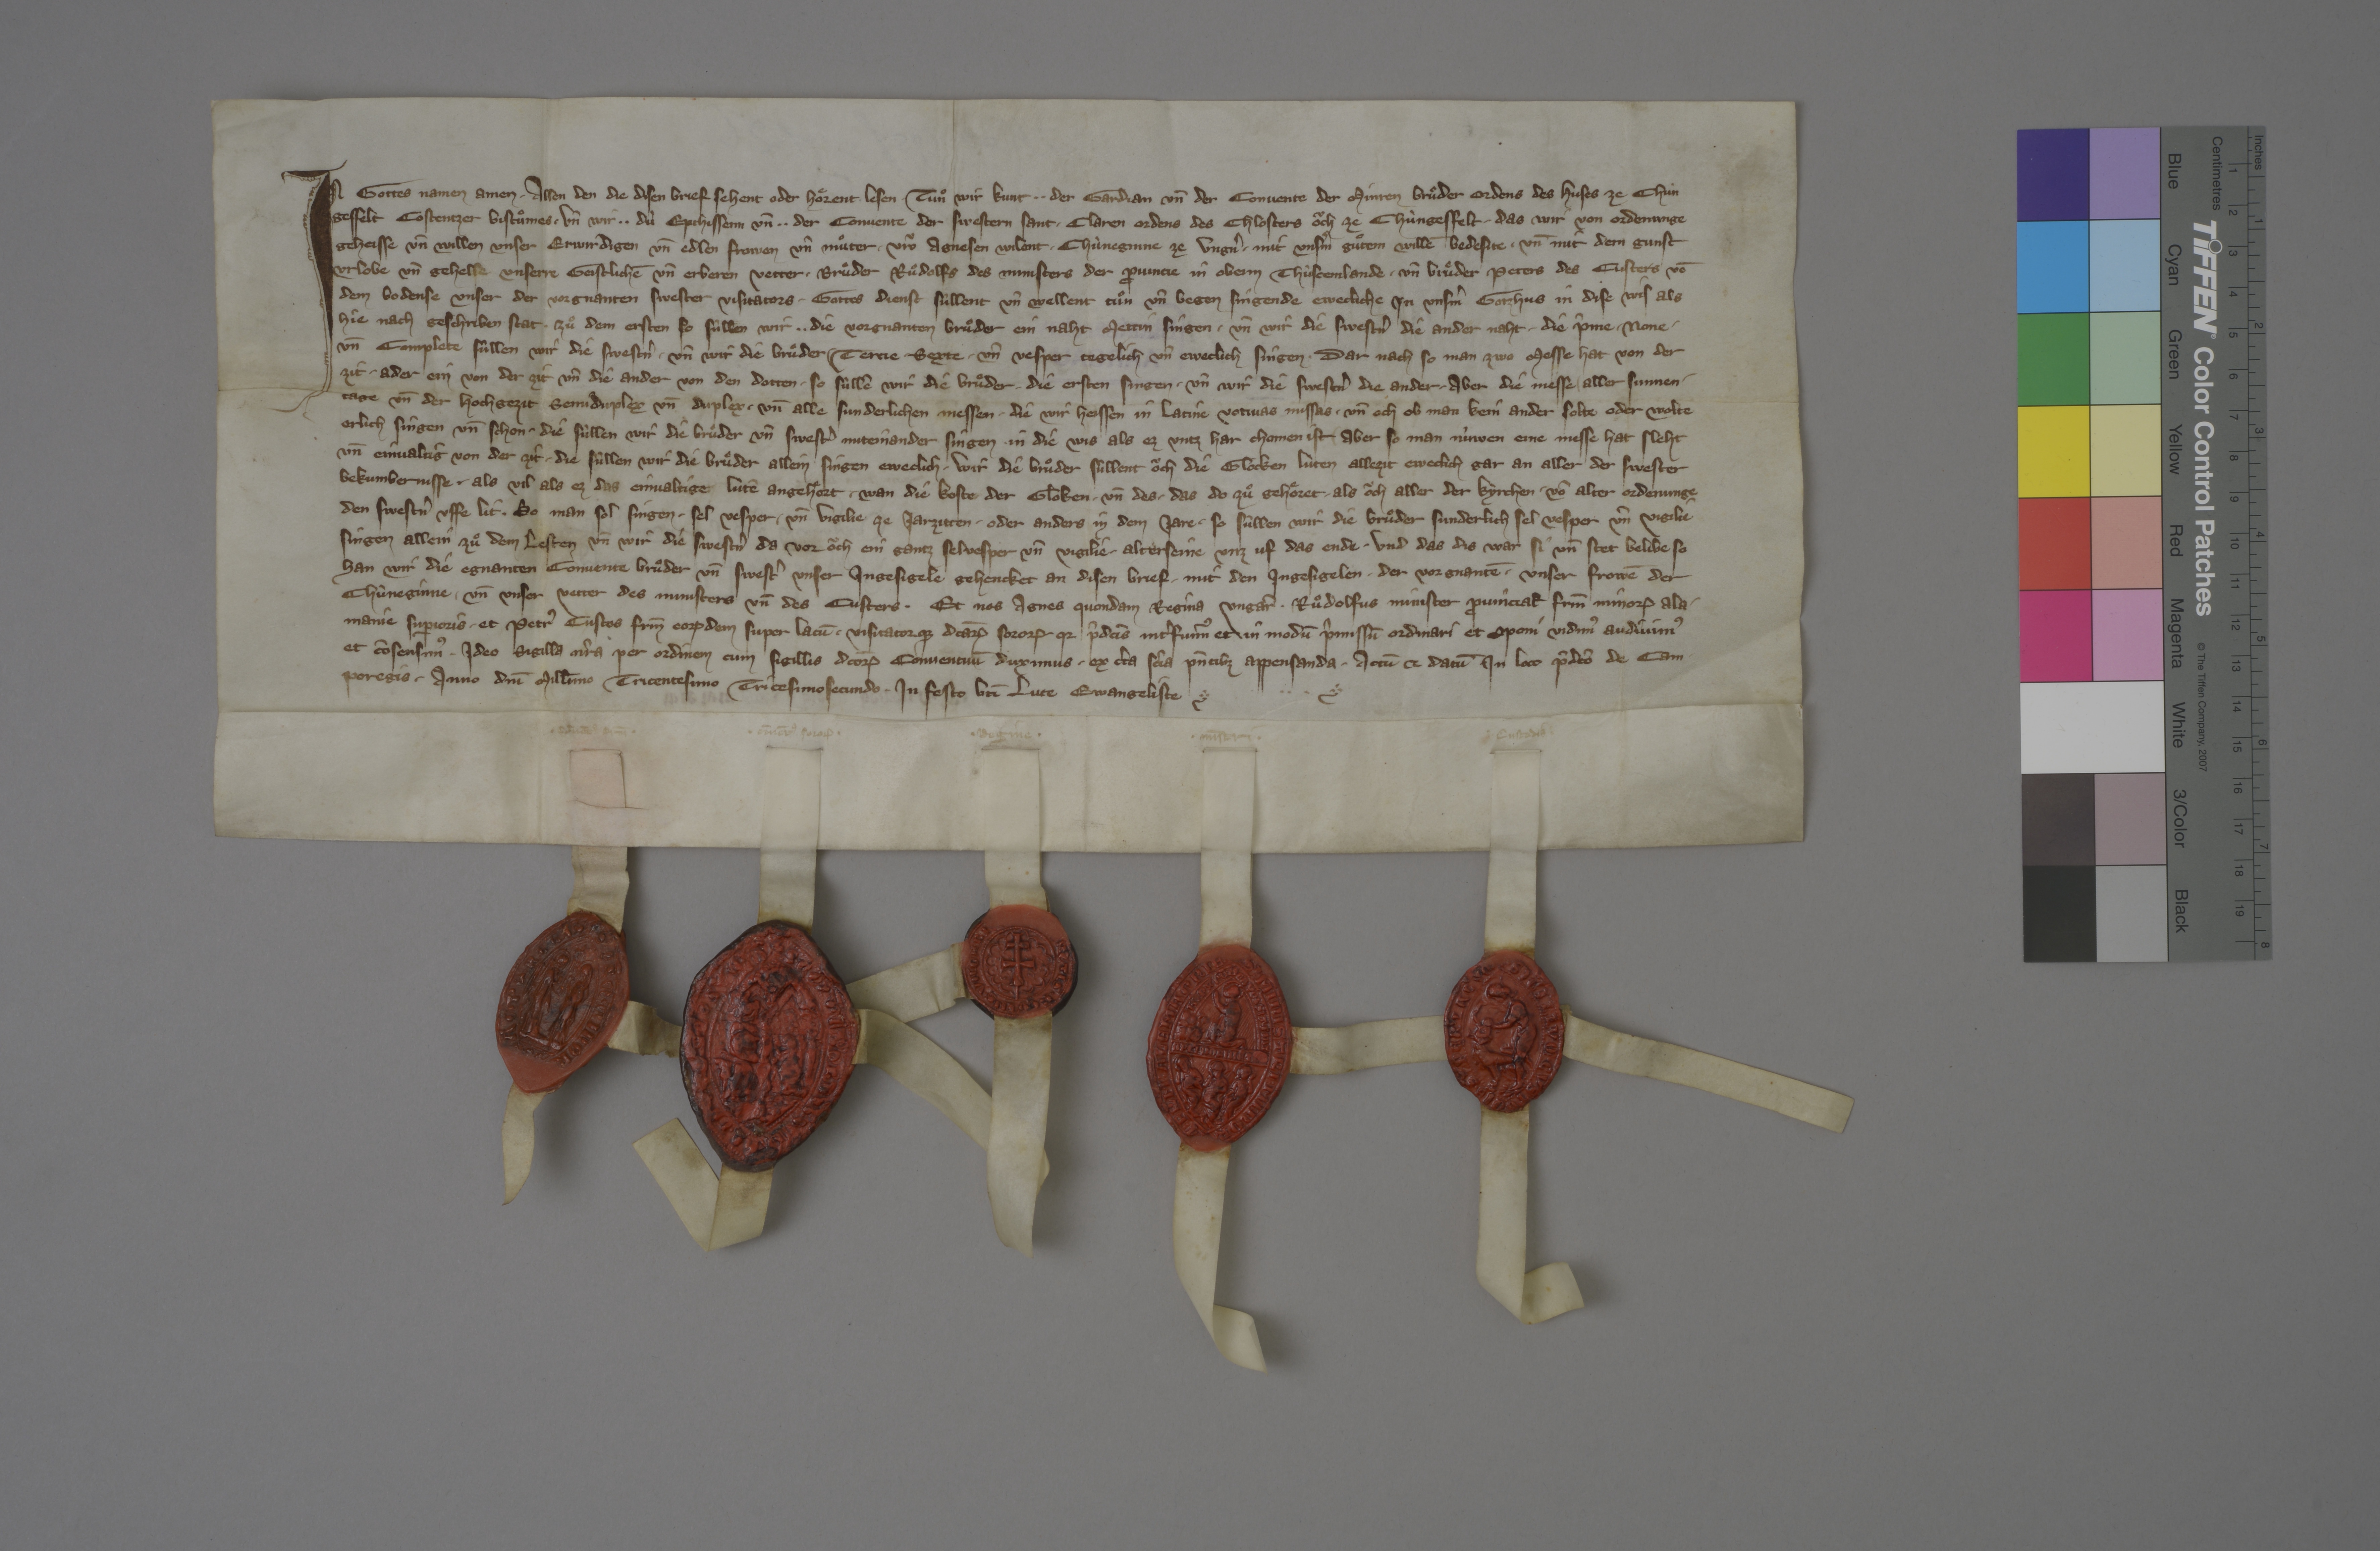
In gottes namen amen. ✳ allen den, die disen brief sehent oder hoͤrent lesen, tuͦn wir kunt, ✳ ✳ der gardian un̄ der convente der Minren Bruͦder ordens des huses ze Chùn¬
gesfelt, Costentzer bistuͦmes, ✳ un̄ wir, ✳ ✳ dù epthissenn un̄ ✳ ✳ der convente der swestern Sant ✳ Claren ordens des chlosters oͧch ze Chùngesfelt, ✳ das wir von ordenunge,
geheisse un̄ willen unser erwirdigen un̄ edlen frowen un̄ muͦter, ✳ vroͧ Agnesen, wilent ✳ chùneginne ze Ungnˀ, ✳ mit unsˀm guͦten willē bedesite ✳ un̄ mit dern gunst,
urlobe un̄ gehelsle unserre geistlichē un̄ erberen vetter, ✳ bruͦder Ruͦdolfs, des ministers der ꝓvincie in Obern Thùscemlande, ✳ un̄ bruͦder Peters, des custers vō
dem Bodense, unser, der vorgnanten swester visitators, ✳ gottes dienst sûllent un̄ wellent tuͦn un̄ begen singende ewecliche in unsˀm gotzhus in dise wis, als
hie nach geschriben stat. ✳ zuͦ dem ersten, so sûllen wir, ✳ ✳ die vorgnanten bruͦder, ein naht mettin singen ✳ un̄ wir, die swestˀn, die ander naht. ✳ die pˀme, ✳ none ✳
un̄ complete sûllen wir, die swestˀn, ✳ un̄ wir, die bruͦder, ✳ tercie, ✳ sexte ✳ un̄ vesper tegelich un̄ eweclich singen. ✳ dar nach, so man zwo messe hat von der
zit, ✳ ader ein von der zit un̄ die ander von den dotten, ✳ so sûllē wir, die bruͦder, ✳ die ersten singen ✳ un̄ wir, die swestˀn, die ander. ✳ aber die messe ✳ aller sunnen¬
tage un̄ der hochgezit semiduplex un̄ duplex ✳ un̄ alle sunderlichen messen, ✳ die wir heissen in latine votivas missas, ✳ un̄ och ob man kein ander solte oder wolte
erlich singen un̄ schon, ✳ die sùllen wir, die bruͦder un̄ swestˀ, miteinander singen in die wis, als ez untz har chomen ist. ✳ aber so man nùwen eine messe hat, sleht
un̄ einvaltig von der zit, die sùllen wir, die bruͦder, allein singen eweclich. ✳ wir, die bruͦder, sùllent oͧch die glocken lùten allezit eweclich gar an aller der swester
bekumbernisse, ✳ als vil, als ez das einvaltigen lutē angehoͤrt, ✳ wan die koste der gloken ✳ un̄ des, ✳ das do zuͦ gehoͤret, ✳ als oͧch aller der kyrchen, ✳ vō alter ordenunge
den swestˀn uffe lit. ✳ so man sol singen ✳ sel vesper ✳ un̄ vigile ze jarzitten ✳ oder anders in dem jare, ✳ so sùllen wir, die bruͦder, sunderlich sel vesper un̄ vigilie
singen allein zuͦ dem lesten un̄ wir, die swestnˀ, da vor oͧch ein gantz selvesper un̄ vigilie alterseine unz uf das ende. ✳ und das dis war si un̄ stet belibe, so
han wir, die egnanten convente bruͦder un̄ swestˀ, unser ingesigele gehencket an disen brief ✳ mit den ingesigelen der ✳ vorgenantē unser frowē, der
chùneginne, ✳ un̄ unser vetter, des ministers un̄ des custers. ✳ et nos, Agnes, quondam regina Ungar̄, ✳ Ruͦdolfus, minister ꝓvincial̄ frm̄ minoꝝ Ala¬
manie suꝑioris, et Petrꝰ, custos frm̄ eorūdem super lacū visitatorqƺ dc̄aꝝ sororū, qr p̄dcās intˀfuimꝰ et in modū p̄missū ordinari et ꝯponi vidimꝰ, audivimꝰ
et cōsensimꝰ. ✳ ideo sigilla nr̄a per ordinem cum sigillis dcōꝝ conventuū duximus ✳ ex cˀta scīa pn̄tibƺ appensanda, actū et datū in loco p̄dcō de Cam¬
poregis, ✳ anno dnī millīmo tricentesimo tricesimosecundo, in festo btī Luce ewangeliste.

✳ cōvētꝰ frm̄ ✳
✳ cōvētꝰ soroꝝ ✳
✳ regine ✳
✳ mīstri ✳
✳ custodis ✳